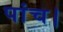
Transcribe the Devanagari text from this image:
पांच।